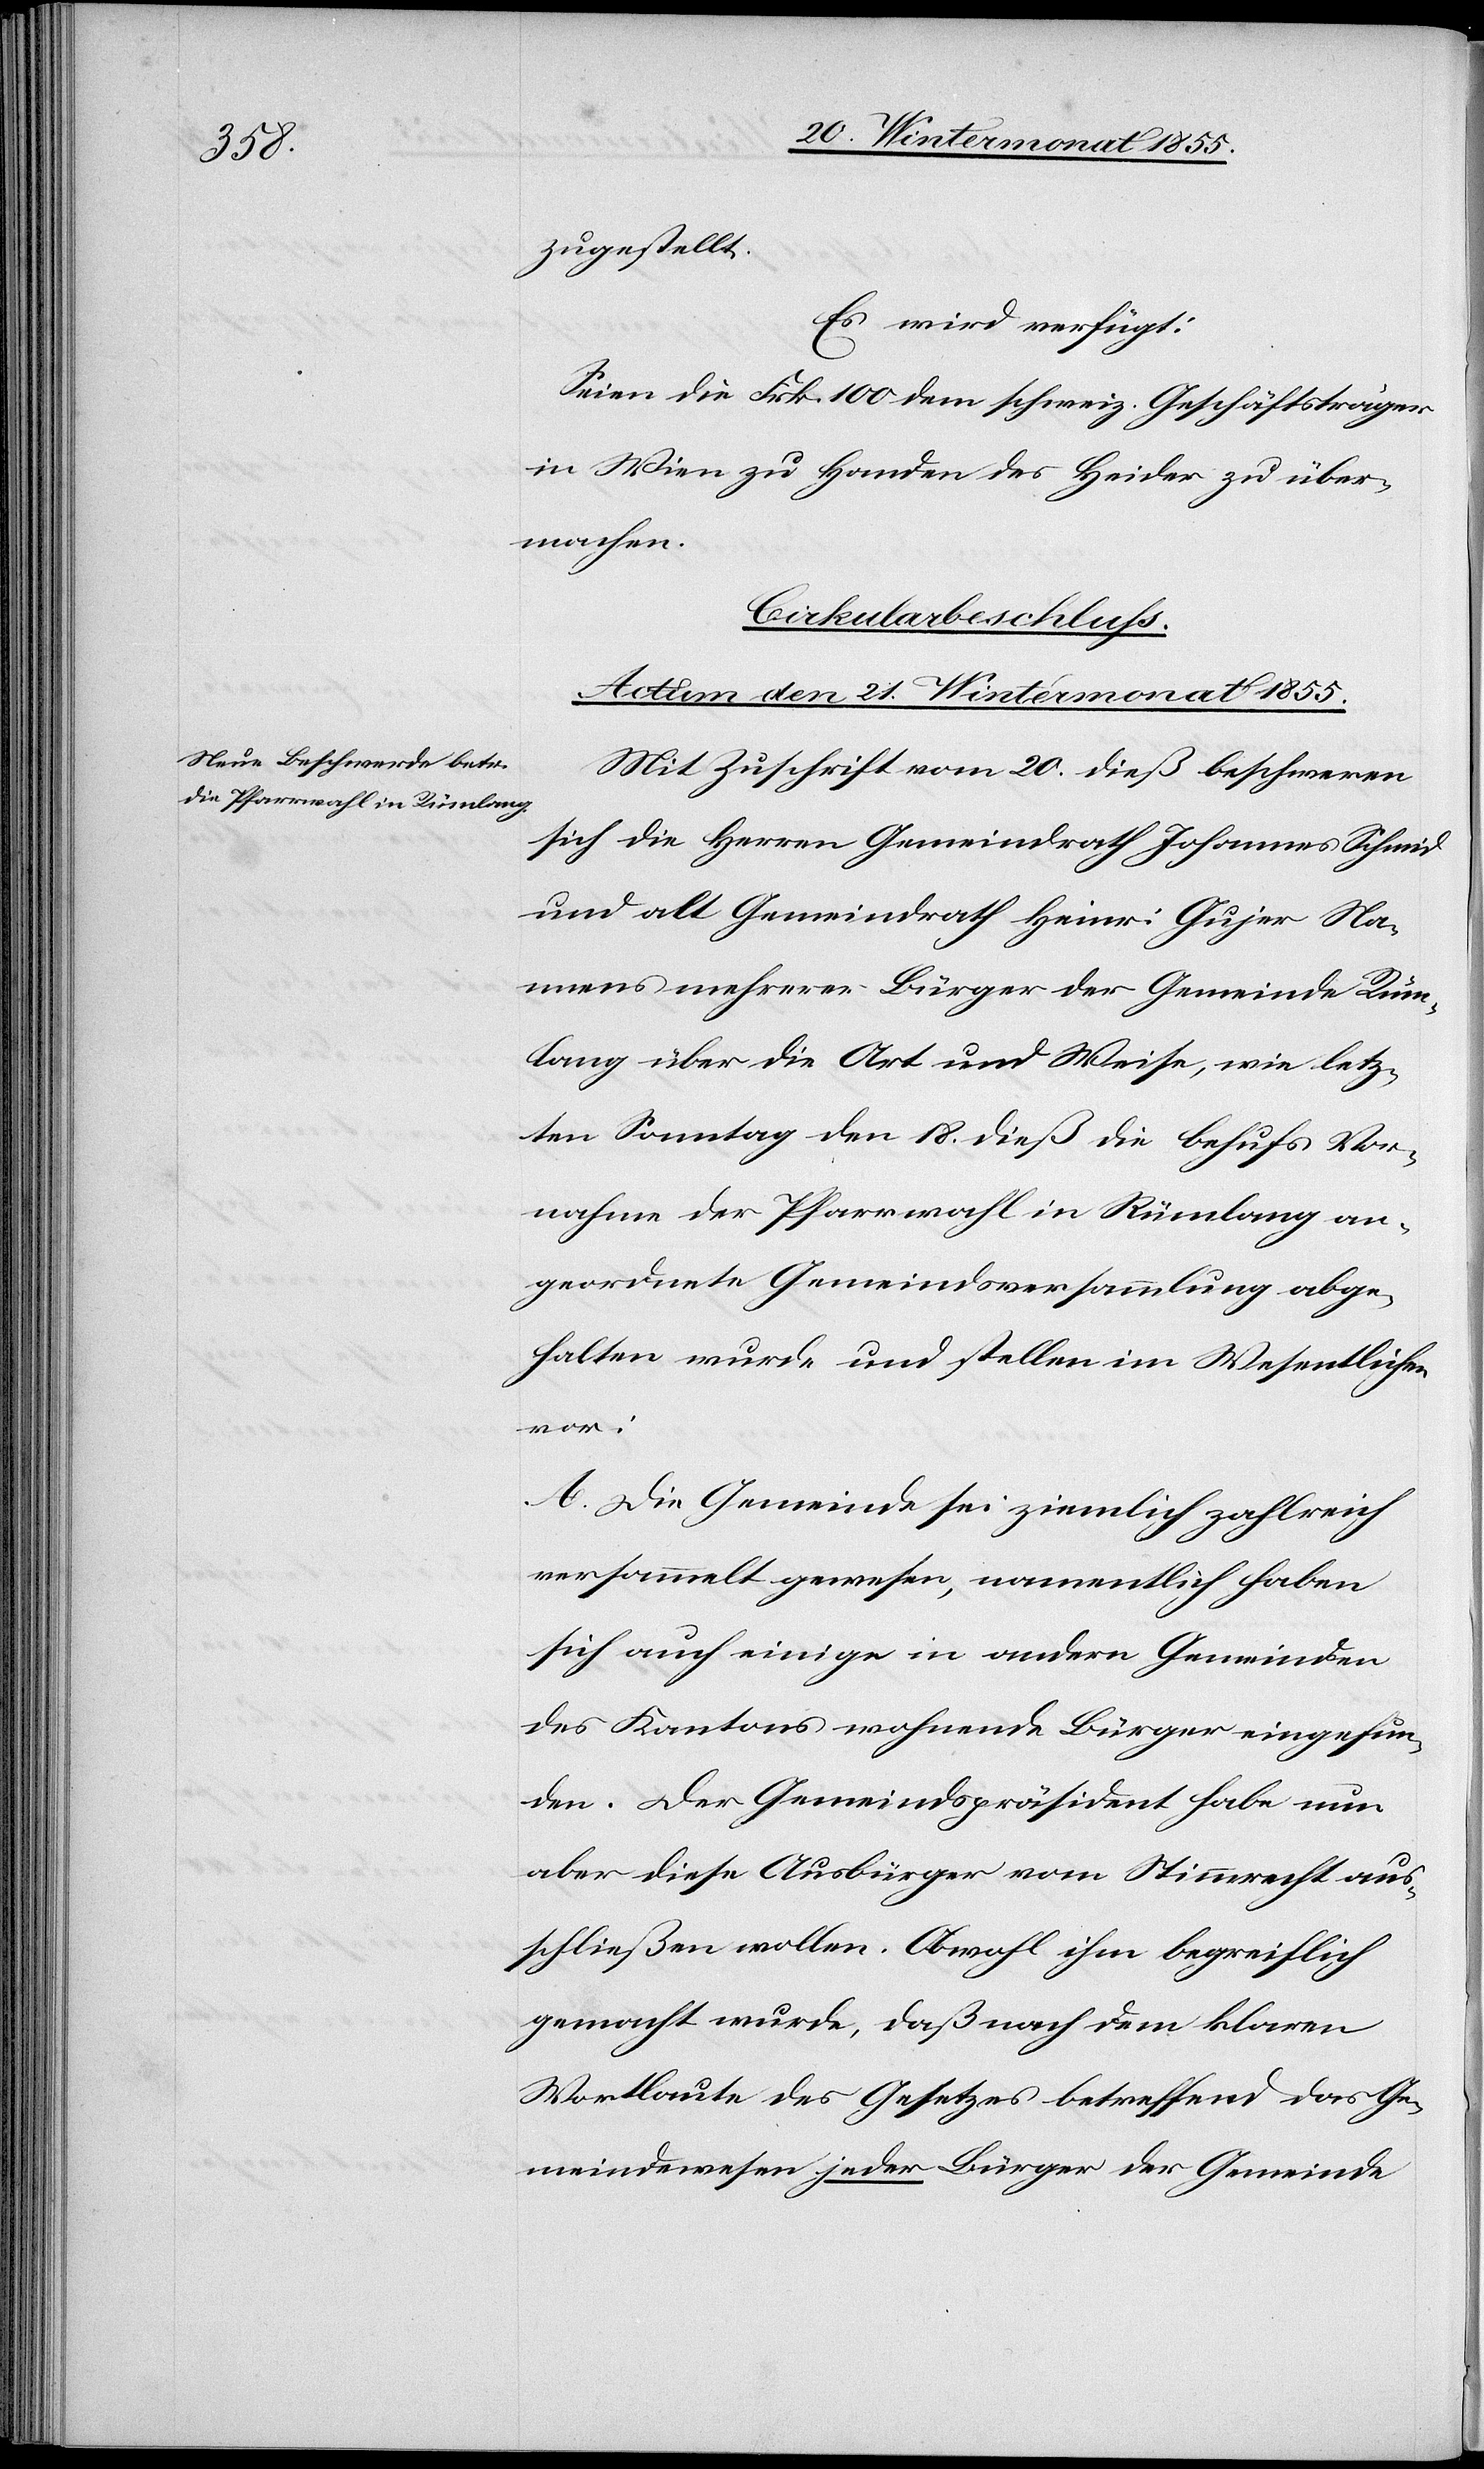
zugestellt.
Es wird verfügt:
Seien die Frk. 100 dem schweiz. Geschäftsträger
in Wien zu Handen des Heider zu über¬
machen.
Cirkularbeschluss.
Actum den 21. Wintermonat 1855.
Mit Zuschrift vom 20. dieß beschweren
sich die Herren Gemeindrath Johannes Schmid
und alt Gemeindrath Heinr. Gujer Na¬
mens mehrerer Bürger der Gemeinde Rüm¬
lang über die Art und Weise, wie letz¬
ten Sonntag den 18. dieß die behufs Vor¬
nahme der Pfarrwahl in Rümlang an¬
geordnete Gemeindsversammlung abge¬
halten wurde und stellen im Wesentlichen
vor:
A. Die Gemeinde sei ziemlich zahlreich
versammelt gewesen, namentlich haben
sich auch einige in andern Gemeinden
des Kantons wohnende Bürger eingefun¬
den. Der Gemeindspräsident habe nun
aber diese Ausbürger vom Stimmrecht aus¬
schließen wollen. Obwohl ihm begreiflich
gemacht wurde, daß nach dem klaren
Wortlaute des Gesetzes betreffend das Ge¬
meindewesen jeder Bürger der Gemeinde